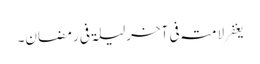
یغفر لامتہ فی آخرلیلۃ فی رمضان۔